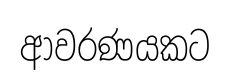
ආවරණයකට